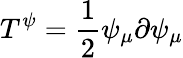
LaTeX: T^{\psi}=\frac{1}{2}\psi_{\mu}\partial\psi_{\mu}